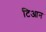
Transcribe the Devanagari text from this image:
टिआन